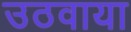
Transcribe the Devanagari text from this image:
उठवाया